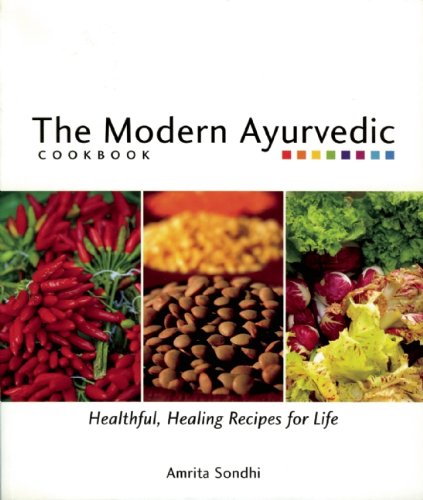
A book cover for The Modern Ayurvedic Cookbook: Healthful, Healing Recipes for Life; Amrita Sondhi; Health, Fitness & Dieting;